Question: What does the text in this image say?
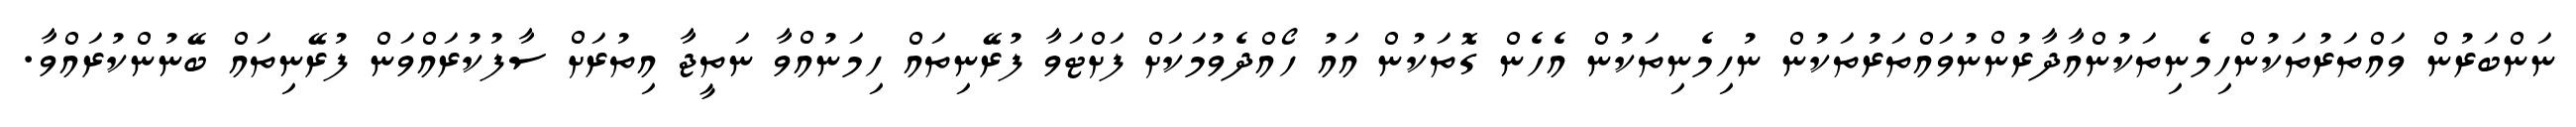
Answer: ނަންބަރުން ވައްތަރުތަކުންހިމެނިތަކުންއާދާރުންނުވައްތަރުތަކުން ނުހިމެނިތަކުން އެހެން ގޮތަކުން އައު ހޯއްދެވުމަކަށް ފަށްޓަވާ ފުރޭނިތައް ހިމަނުއްވާ ނަތީޖާ އިތުރަށް ސާފުކުރައްވަން ފުރޭނިތައް ބޭނުންކުރައްވާ.